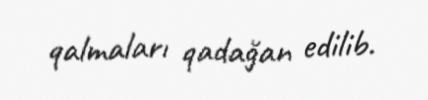
qalmaları qadağan edilib.